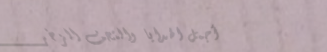
أجمل الهدايا والتحف الزخر